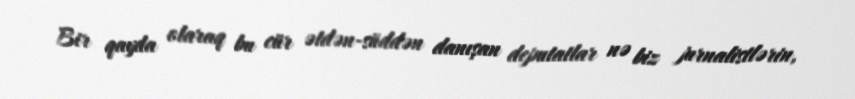
Bir qayda olaraq bu cür ətdən-süddən danışan deputatlar nə biz jurnalistlərin,